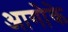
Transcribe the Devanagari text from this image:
आगोके